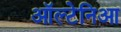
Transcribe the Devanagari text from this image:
ऑल्टेनिआ